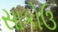
સાકોઉ